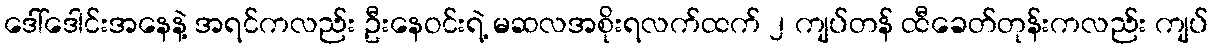
ဒေါ်ဒေါင်းအနေနဲ့ အရင်ကလည်း ဦးနေဝင်းရဲ့ မဆလအစိုးရလက်ထက် ၂ ကျပ်တန် ထီခေတ်တုန်းကလည်း ကျပ်